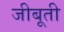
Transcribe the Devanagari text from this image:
जीबूती